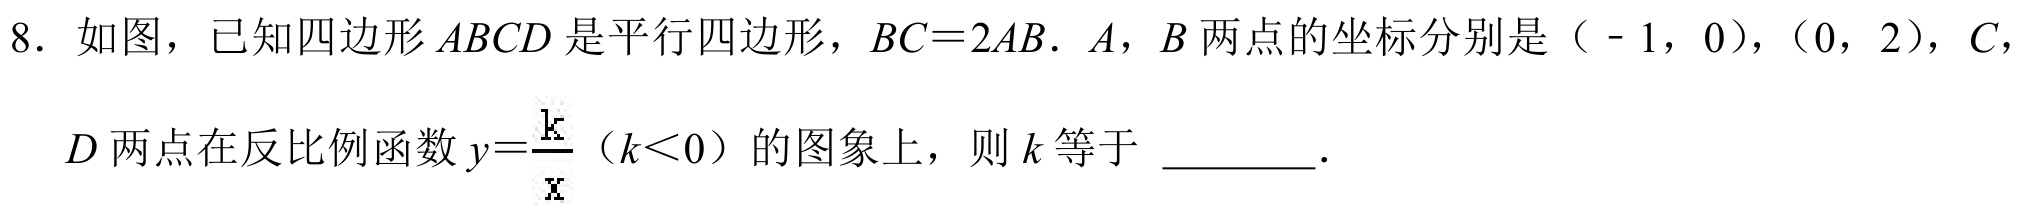
8. 如图，已知四边形 \(ABCD\) 是平行四边形，\(BC = 2AB\). \(A\)，\(B\) 两点的坐标分别是（\(-1\)，\(0\)），（\(0\)，\(2\)），\(C\)，
\(D\) 两点在反比例函数 \(y=\frac{k}{x}\)（\(k\lt0\)）的图象上，则 \(k\) 等于 \_\_\_\_\_.